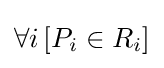
\forall i\,[P_{i}\in R_{i}]